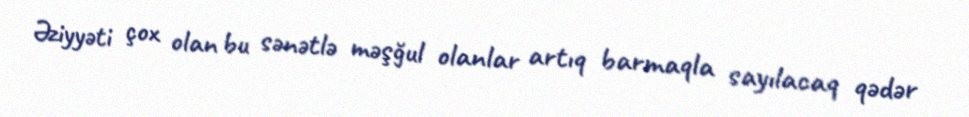
Əziyyəti çox olan bu sənətlə məşğul olanlar artıq barmaqla sayılacaq qədər